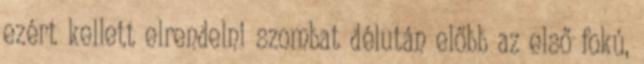
ezért kellett elrendelni szombat délután előbb az első fokú,